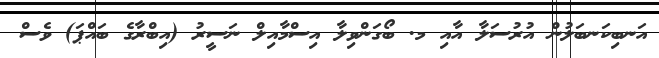
އަނބިކަނބަލުން އުރުސަލާ އާއި މ. ބޯގަންވިލާ އިސްމާއިލް ނަސީރު (އިބްރާގެ ބައްޕަ) ވެސް